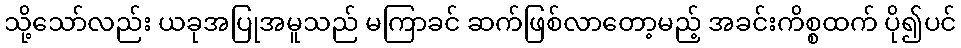
သို့သော်လည်း ယခုအပြုအမူသည် မကြာခင် ဆက်ဖြစ်လာတော့မည့် အခင်းကိစ္စထက် ပို၍ပင်